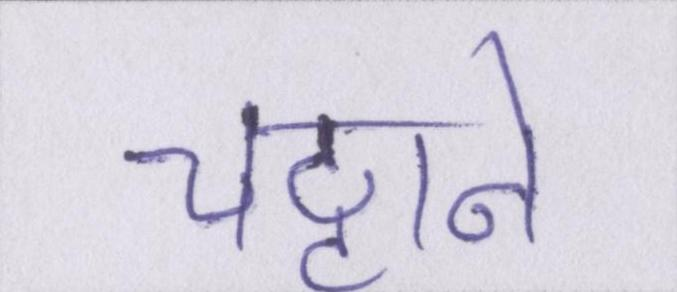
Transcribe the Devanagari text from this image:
चट्टाने